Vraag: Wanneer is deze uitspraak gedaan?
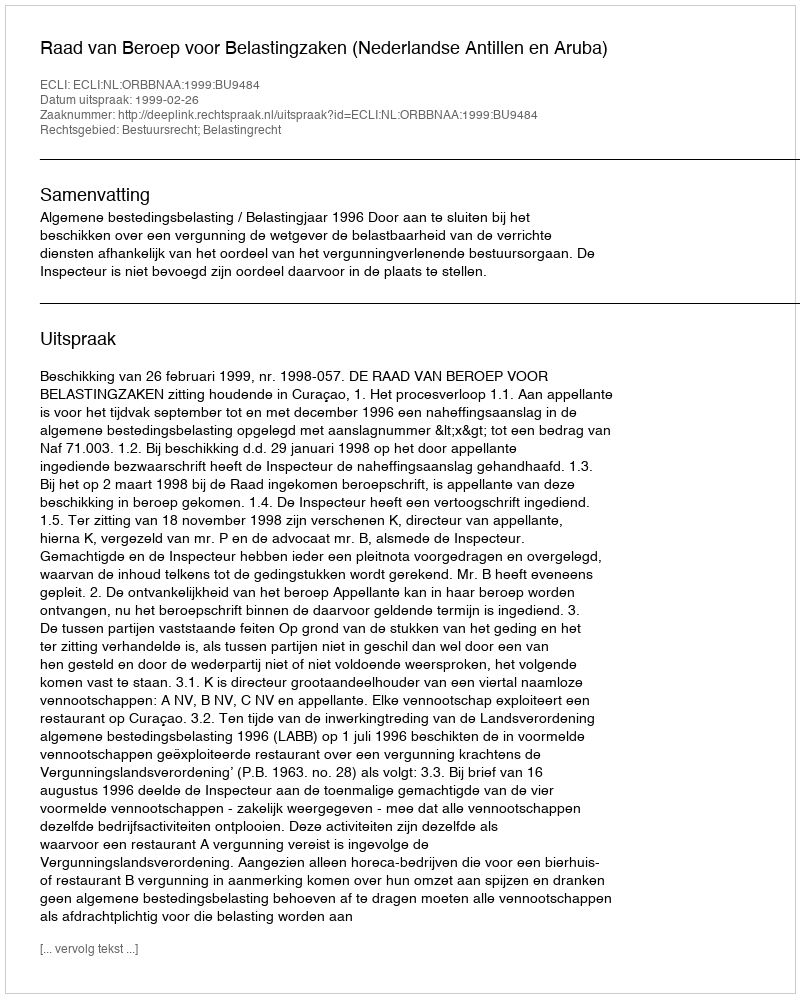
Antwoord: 1999-02-26